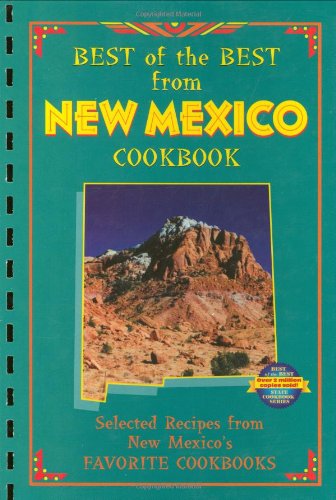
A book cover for Best of the Best from New Mexico Cookbook: Selected Recipes from New Mexico's Favorite Cookbooks (Best of the Best Cookbook); Cookbooks, Food & Wine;